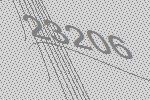
23206